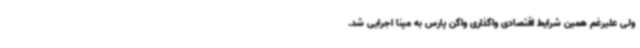
ولی علیرغم همین شرایط اقتصادی واگذاری واگن پارس به مپنا اجرایی شد.